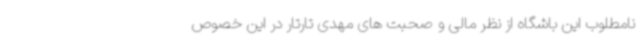
نامطلوب این باشگاه از نظر مالی و صحبت های مهدی تارتار در این خصوص